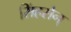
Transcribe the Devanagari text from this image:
सिंहसेन्